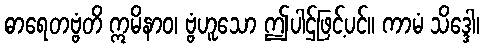
ဓာရေတဗ္ဗံတိ ဣမိနာဝ၊ ဗ္ဗံဟူသော ဤပါဌ်ဖြင့်ပင်။ ကာမံ သိဒ္ဒေါ၊